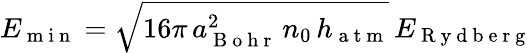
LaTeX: E_{\mathrm{~m~i~n~}}=\sqrt{16\pi\, a_{\mathrm{~B~o~h~r~}}^{2}\, n_{0}\, h_{\mathrm{~a~t~m~}}}\, E_{\mathrm{~R~y~d~b~e~r~g~}}